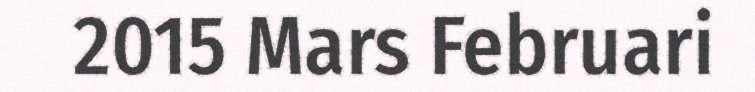
2015 Mars Februari